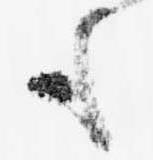
も